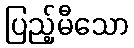
ပြည့်မီသော